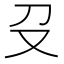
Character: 𠬛